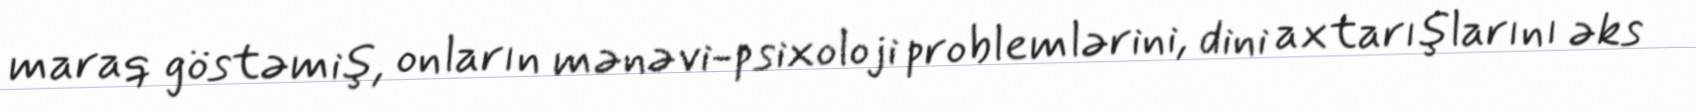
maraq göstəmiş, onların mənəvi-psixoloji problemlərini, dini axtarışlarını əks